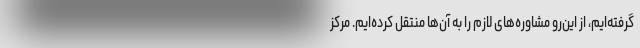
گرفته‌ایم، از این‌رو مشاوره‌های لازم را به آن‌ها منتقل کرده‌ایم. مرکز